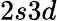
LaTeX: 2s3d